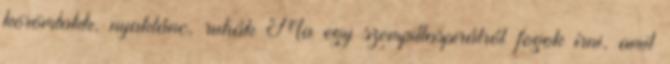
körömlakk, nyaklánc, ruhák Ma egy szempillaspirálról fogok írni, amit